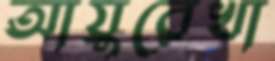
আয়ুরেখা